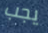
يجب